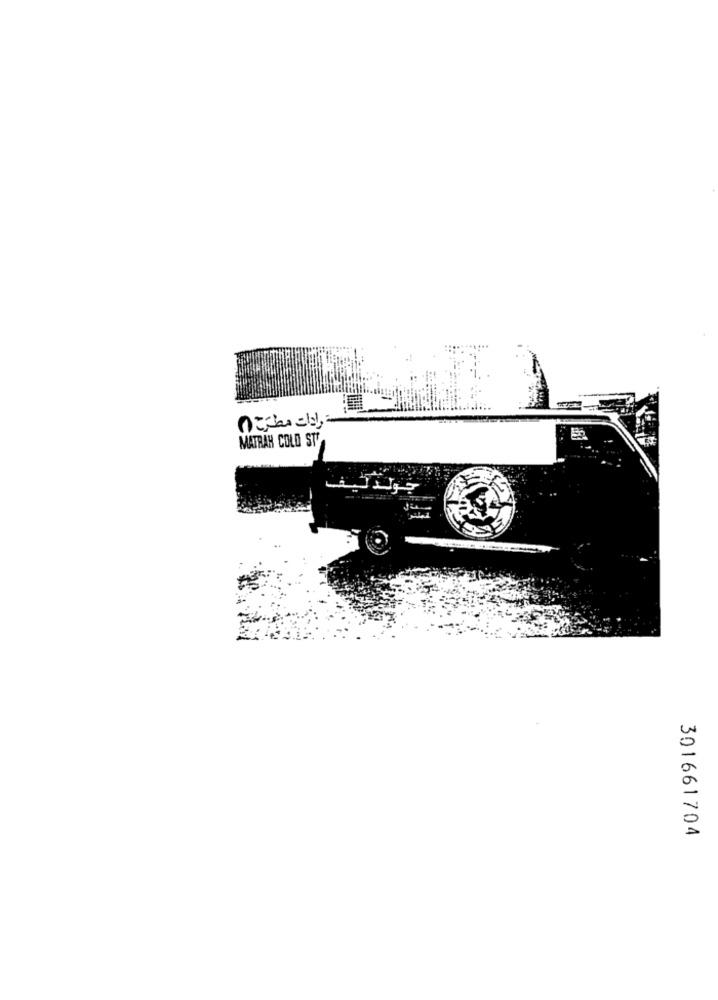
ـ رادات مطرَحْ (٨
MATRAH COLD ST
جولد ليفـ
ـعة لـ
301661704